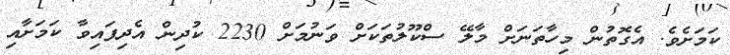
ކަމަށެވެ. އެގޮތުން މިހާތަނަށް މާލޭ ސްކޫލުތަކަށް ވަނުމަށް 2230 ކުދިން އެދިފައިވާ ކަމަށާއި